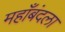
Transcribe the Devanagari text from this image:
महाँबंदला